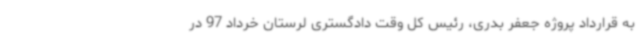
به قرارداد پروژه جعفر بدری، رئیس کل وقت دادگستری لرستان خرداد 97 در